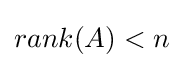
rank(A)<n